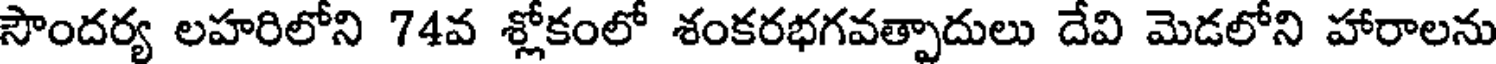
సౌందర్య లహరిలోని 74వ శ్లోకంలో శంకరభగవత్పాదులు దేవి మెడలోని హారాలను